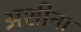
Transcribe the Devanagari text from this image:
अशीना